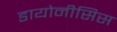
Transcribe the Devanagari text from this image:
डायोनीसिस